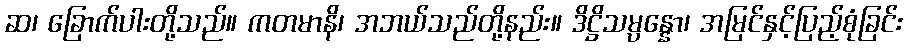
ဆ၊ ခြောက်ပါးတို့သည်။ ကတမာနိ၊ အဘယ်သည်တို့နည်း။ ဒိဋ္ဌိသမ္ပန္နော၊ အမြင်နှင့်ပြည့်စုံခြင်း